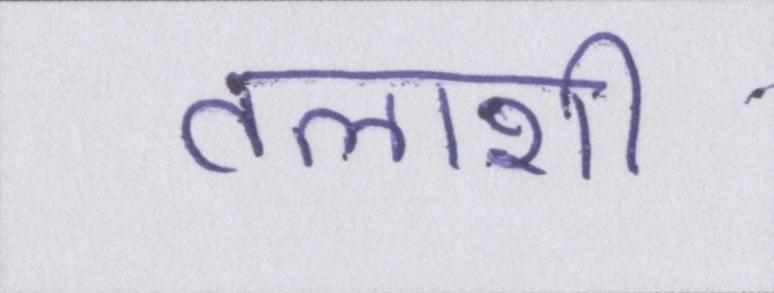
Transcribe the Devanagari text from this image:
तलाशी